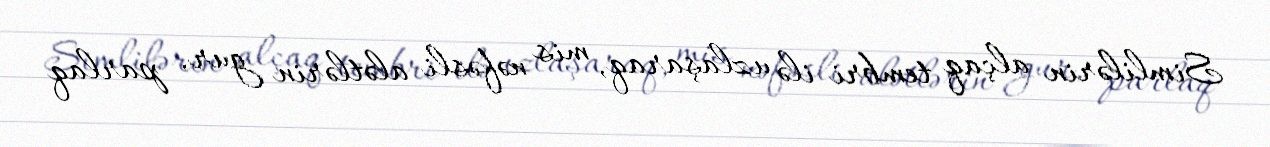
Simlilərin alçaq tembri ilə uzlaşaraq, mis nəfəsli alətlərin gur, parlaq